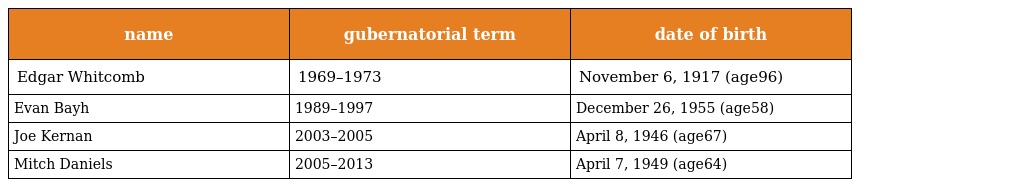
| name | gubernatorial term | date of birth |
 | --- | --- | --- |
 | Edgar Whitcomb | 1969–1973 | November 6, 1917 (age96) |
 | Evan Bayh | 1989–1997 | December 26, 1955 (age58) |
 | Joe Kernan | 2003–2005 | April 8, 1946 (age67) |
 | Mitch Daniels | 2005–2013 | April 7, 1949 (age64) |